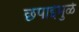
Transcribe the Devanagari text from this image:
छपाईमुळे